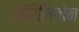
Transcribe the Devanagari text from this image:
मॅरिलिबोन